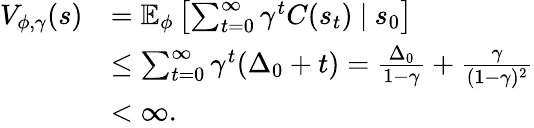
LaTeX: \begin{array}{rl}{V_{\phi,\gamma}(s)}&{=\mathbb{E}_{\phi}\left[\sum_{t=0}^{\infty}\gamma^{t}C(s_{t})\ |\ s_{0}\right]}\\ &{\leq\sum_{t=0}^{\infty}\gamma^{t}(\Delta_{0}+t)=\frac{\Delta_{0}}{1-\gamma}+\frac{\gamma}{(1-\gamma)^{2}}}\\ &{<\infty.}\end{array}